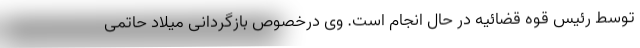
توسط رئیس قوه قضائیه در حال انجام است. وی درخصوص بازگردانی میلاد حاتمی